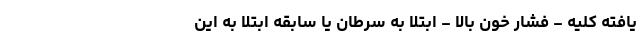
یافته کلیه - فشار خون بالا - ابتلا به سرطان یا سابقه ابتلا به این